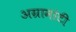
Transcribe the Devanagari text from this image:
अग्रामांटी